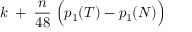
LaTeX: k \; + \; { \frac { n } { 4 8 } } \; \Bigl ( p _ { 1 } ( { \cal T } ) - p _ { 1 } ( { \cal N } ) \Bigr )